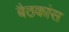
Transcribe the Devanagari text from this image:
बैठकांस